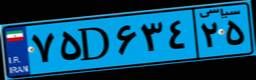
۷۵D۶۳۴۲۵